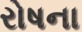
રોષના